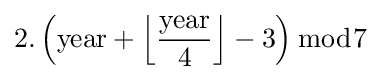
2.\left({\text{year}}+{\Big \lfloor }{\frac {\text{year}}{4}}{\Big \rfloor }-3\right){\bmod {7}}